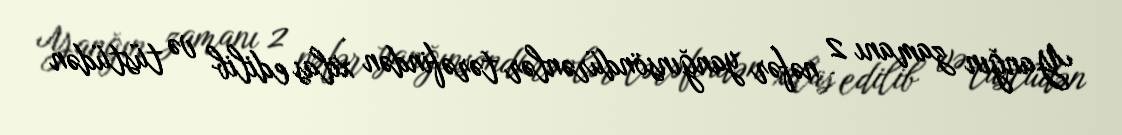
Yanğın zamanı 2 nəfər yanğınsöndürənlər tərəfindən xilas edilib və tüstüdən